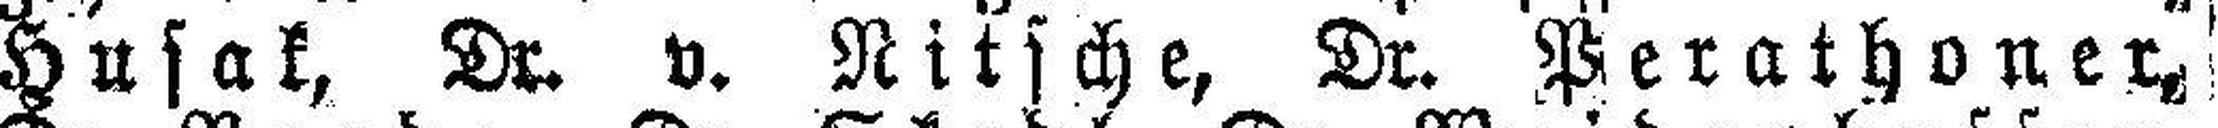
Husak, Dr. v. Ritsche, Dr. Perathoner,